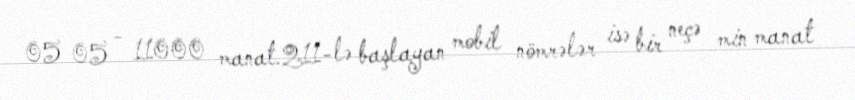
05 05 - 11000 manat.211-lə başlayan mobil nömrələr isə bir neçə min manat